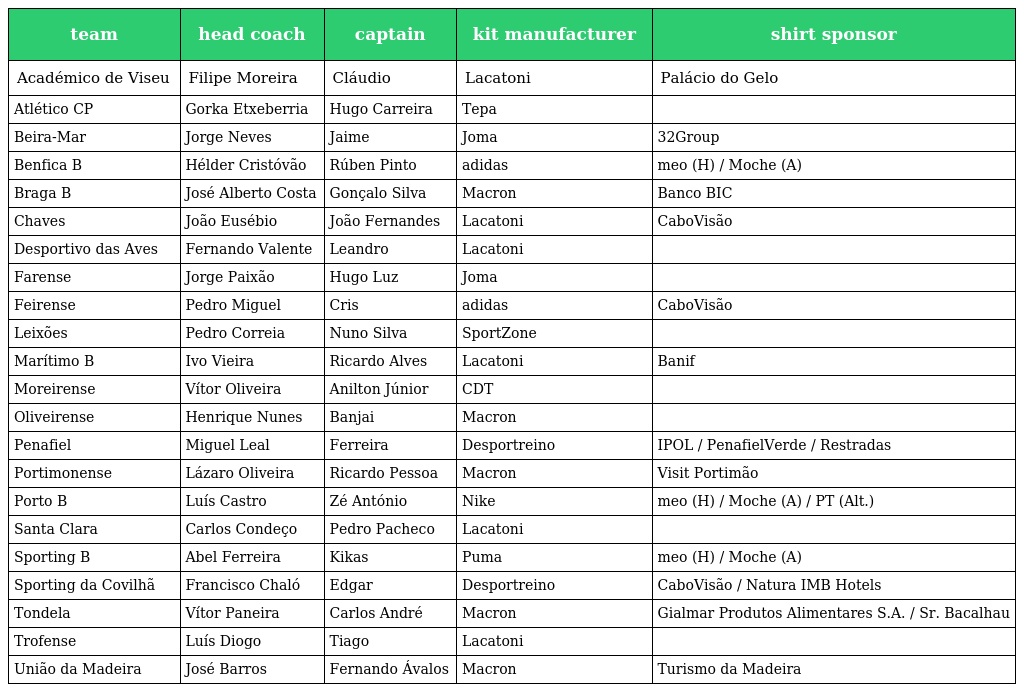
| team | head coach | captain | kit manufacturer | shirt sponsor |
 | --- | --- | --- | --- | --- |
 | Académico de Viseu | Filipe Moreira | Cláudio | Lacatoni | Palácio do Gelo |
 | Atlético CP | Gorka Etxeberria | Hugo Carreira | Tepa |  |
 | Beira-Mar | Jorge Neves | Jaime | Joma | 32Group |
 | Benfica B | Hélder Cristóvão | Rúben Pinto | adidas | meo (H) / Moche (A) |
 | Braga B | José Alberto Costa | Gonçalo Silva | Macron | Banco BIC |
 | Chaves | João Eusébio | João Fernandes | Lacatoni | CaboVisão |
 | Desportivo das Aves | Fernando Valente | Leandro | Lacatoni |  |
 | Farense | Jorge Paixão | Hugo Luz | Joma |  |
 | Feirense | Pedro Miguel | Cris | adidas | CaboVisão |
 | Leixões | Pedro Correia | Nuno Silva | SportZone |  |
 | Marítimo B | Ivo Vieira | Ricardo Alves | Lacatoni | Banif |
 | Moreirense | Vítor Oliveira | Anilton Júnior | CDT |  |
 | Oliveirense | Henrique Nunes | Banjai | Macron |  |
 | Penafiel | Miguel Leal | Ferreira | Desportreino | IPOL / PenafielVerde / Restradas |
 | Portimonense | Lázaro Oliveira | Ricardo Pessoa | Macron | Visit Portimão |
 | Porto B | Luís Castro | Zé António | Nike | meo (H) / Moche (A) / PT (Alt.) |
 | Santa Clara | Carlos Condeço | Pedro Pacheco | Lacatoni |  |
 | Sporting B | Abel Ferreira | Kikas | Puma | meo (H) / Moche (A) |
 | Sporting da Covilhã | Francisco Chaló | Edgar | Desportreino | CaboVisão / Natura IMB Hotels |
 | Tondela | Vítor Paneira | Carlos André | Macron | Gialmar Produtos Alimentares S.A. / Sr. Bacalhau |
 | Trofense | Luís Diogo | Tiago | Lacatoni |  |
 | União da Madeira | José Barros | Fernando Ávalos | Macron | Turismo da Madeira |